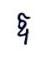
ឱ